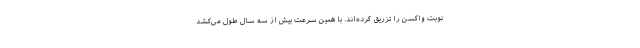
نوبت واکسن را تزریق کرده‌اند. با همین سرعت بیش از سه سال طول می‌کشد